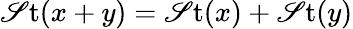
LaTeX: \operatorname{\mathscr{S}t}(x+y)=\operatorname{\mathscr{S}t}(x)+\operatorname{\mathscr{S}t}(y)